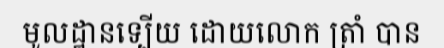
មូលដ្ឋានទ្បើយ ដោយលោក ត្រាំ បាន